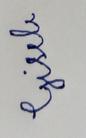
Signature authenticity: forged